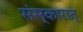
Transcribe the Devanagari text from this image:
संस्कारात्‌